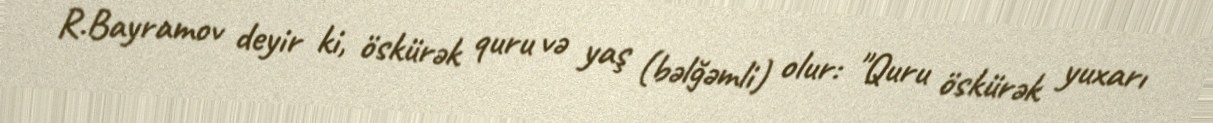
R.Bayramov deyir ki, öskürək quru və yaş (bəlğəmli) olur: "Quru öskürək yuxarı